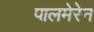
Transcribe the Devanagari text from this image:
पालमेरेन